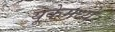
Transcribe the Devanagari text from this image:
यूकेमध्ये